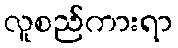
လူစည်ကားရာ